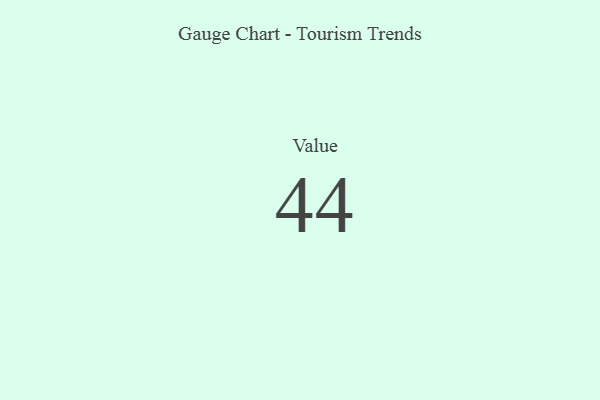
{"axis": {"x": "Metric", "y": "Value"}, "legend": [""], "data": [{"x": "Value", "y": 44, "type": ""}]}